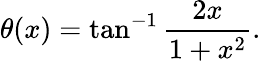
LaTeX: \theta(x)=\tan^{-1}\frac{2x}{1+x^{2}}.